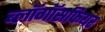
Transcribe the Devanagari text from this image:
ब्लॉगॉसफियर